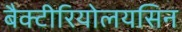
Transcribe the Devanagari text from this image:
बैक्टीरियोलयसिन